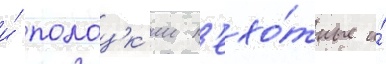
и́ полоцк'ии п'ехо́тные и́